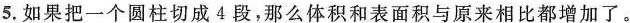
5.如果把一个圆柱切成4段，那么体积和表面积与原来相比都增加了。